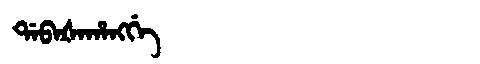
Manchu: ᡩᠠᠪᠠᡧᠠᡥᠠᠩᡤᡝ
Romanization: DABAŠAHANGGE